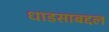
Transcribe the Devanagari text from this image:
धाडसाबद्दल